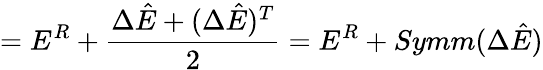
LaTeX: =E^{R}+\frac{\Delta\hat{E}+(\Delta\hat{E})^{T}}{2}=E^{R}+Symm(\Delta\hat{E})